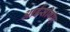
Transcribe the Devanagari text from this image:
आईसीबीए